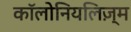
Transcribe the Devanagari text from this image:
कॉलोनियलिज़्म